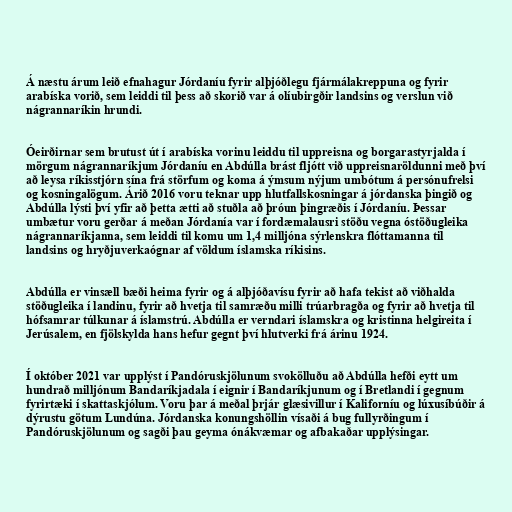
Á næstu árum leið efnahagur Jórdaníu fyrir alþjóðlegu fjármálakreppuna og fyrir
arabíska vorið, sem leiddi til þess að skorið var á olíubirgðir landsins og verslun við
nágrannaríkin hrundi.

Óeirðirnar sem brutust út í arabíska vorinu leiddu til uppreisna og borgarastyrjalda í
mörgum nágrannaríkjum Jórdaníu en Abdúlla brást fljótt við uppreisnaröldunni með því
að leysa ríkisstjórn sína frá störfum og koma á ýmsum nýjum umbótum á persónufrelsi
og kosningalögum. Árið 2016 voru teknar upp hlutfallskosningar á jórdanska þingið og
Abdúlla lýsti því yfir að þetta ætti að stuðla að þróun þingræðis í Jórdaníu. Þessar
umbætur voru gerðar á meðan Jórdanía var í fordæmalausri stöðu vegna óstöðugleika
nágrannaríkjanna, sem leiddi til komu um 1,4 milljóna sýrlenskra flóttamanna til
landsins og hryðjuverkaógnar af völdum íslamska ríkisins.

Abdúlla er vinsæll bæði heima fyrir og á alþjóðavísu fyrir að hafa tekist að viðhalda
stöðugleika í landinu, fyrir að hvetja til samræðu milli trúarbragða og fyrir að hvetja til
hófsamrar túlkunar á íslamstrú. Abdúlla er verndari íslamskra og kristinna helgireita í
Jerúsalem, en fjölskylda hans hefur gegnt því hlutverki frá árinu 1924.

Í október 2021 var upplýst í Pandóruskjölunum svokölluðu að Abdúlla hefði eytt um
hundrað milljónum Bandaríkjadala í eignir í Bandaríkjunum og í Bretlandi í gegnum
fyrirtæki í skattaskjólum. Voru þar á meðal þrjár glæsivillur í Kaliforníu og lúxusíbúðir á
dýrustu götum Lundúna. Jórdanska konungshöllin vísaði á bug fullyrðingum í
Pandóruskjölunum og sagði þau geyma óná­kvæm­ar og af­bakaðar upp­lýs­ing­ar.